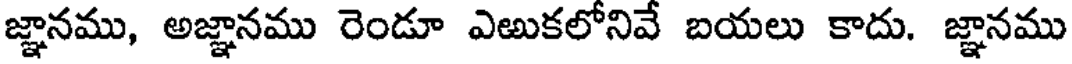
జ్ఞానము, అజ్ఞానము రెండూ ఎఱుకలోనివే బయలు కాదు. జ్ఞానము